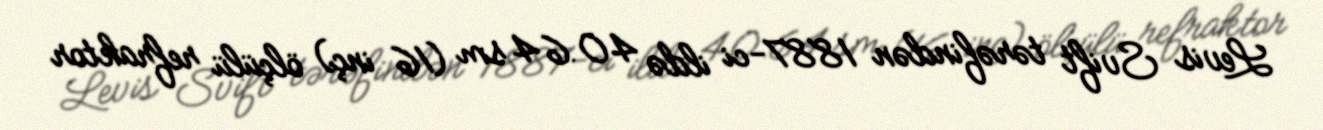
Levis Svift tərəfindən 1887-ci ildə 40.64 sm (16 inç) ölçülü refraktor